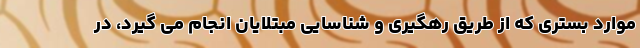
موارد بستری که از طریق رهگیری و شناسایی مبتلایان انجام می گیرد، در